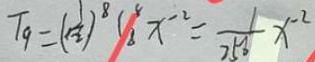
T _ { 9 } = ( \frac { 1 } { 2 } ) ^ { 8 } ( _ { 8 } ^ { 8 } x ^ { - 2 } = \frac { 1 } { 2 5 0 } x ^ { - 2 }